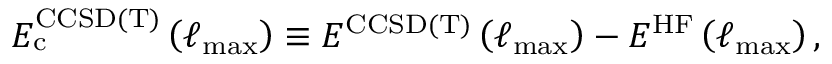
E _ { \mathrm { c } } ^ { \mathrm { C C S D ( T ) } } \left( \ell _ { \mathrm { m a x } } \right) \equiv E ^ { \mathrm { C C S D ( T ) } } \left( \ell _ { \mathrm { m a x } } \right) - E ^ { \mathrm { H F } } \left( \ell _ { \mathrm { m a x } } \right) ,